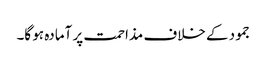
جمود کے خلاف مذاحمت پر آمادہ ہو گا۔